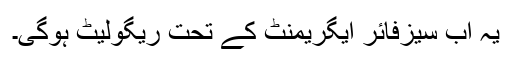
یہ اب سیزفائر ایگریمنٹ کے تحت ریگولیٹ ہوگی۔